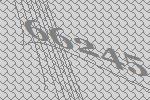
66245